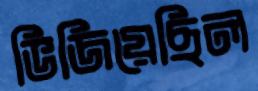
ভিজিয়েছিল